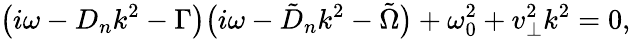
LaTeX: \big(i\omega-D_{n}k^{2}-\Gamma\big)\big(i\omega-\tilde{D}_{n}k^{2}-\tilde{\Omega}\big)+\omega_{0}^{2}+v_{\perp}^{2}k^{2}=0,